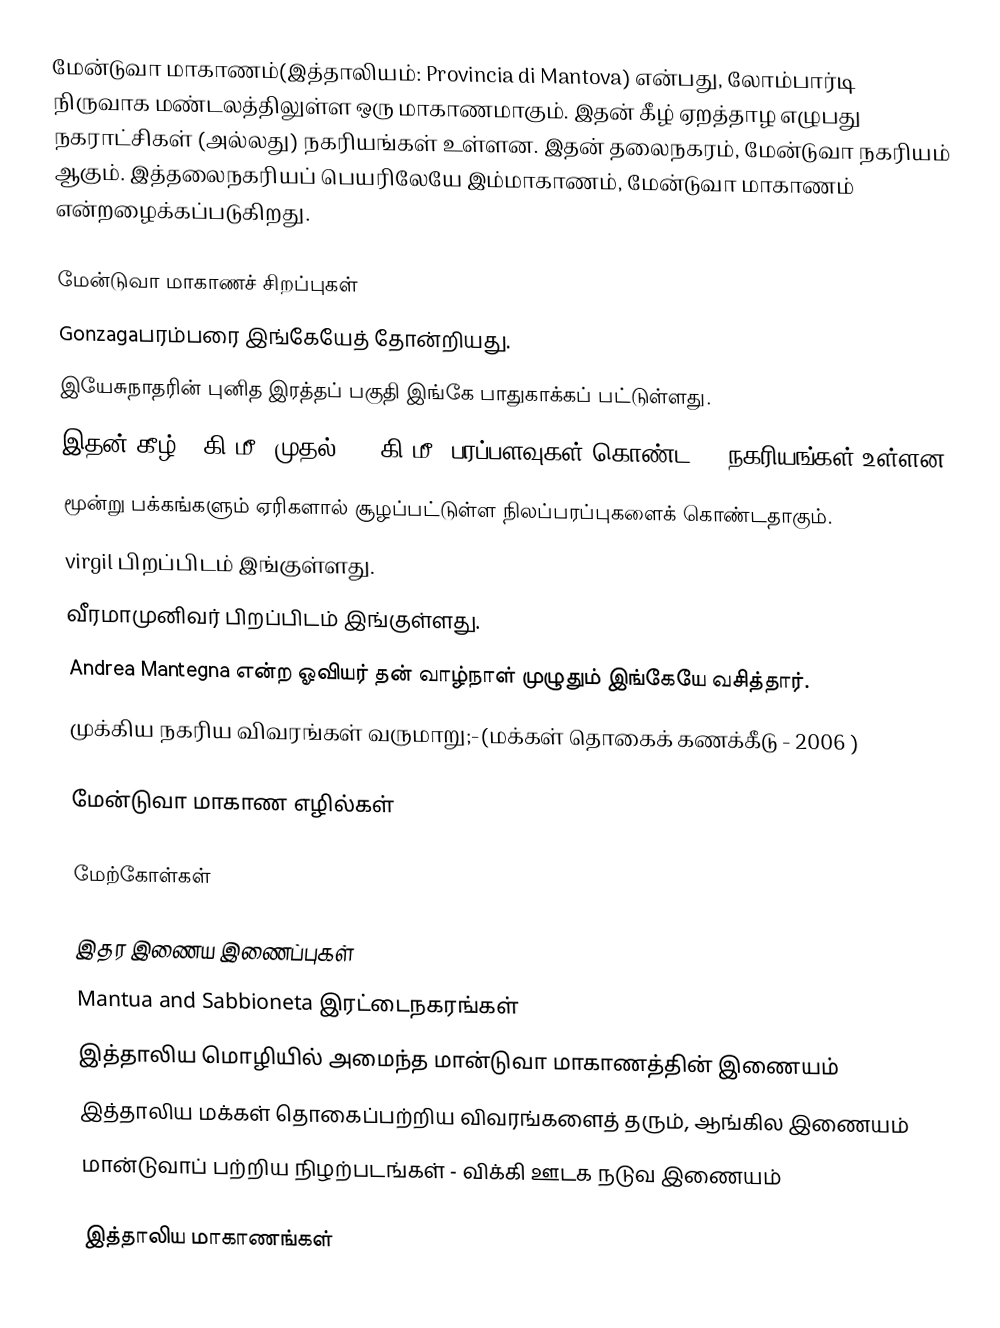
மேன்டுவா மாகாணம்(இத்தாலியம்: Provincia di Mantova) என்பது, லோம்பார்டி நிருவாக மண்டலத்திலுள்ள ஒரு மாகாணமாகும். இதன் கீழ் ஏறத்தாழ எழுபது நகராட்சிகள் (அல்லது) நகரியங்கள் உள்ளன. இதன் தலைநகரம், மேன்டுவா நகரியம் ஆகும். இத்தலைநகரியப் பெயரிலேயே இம்மாகாணம்,  மேன்டுவா மாகாணம் என்றழைக்கப்படுகிறது.

மேன்டுவா மாகாணச் சிறப்புகள்
 Gonzagaபரம்பரை இங்கேயேத் தோன்றியது.
 இயேசுநாதரின் புனித இரத்தப் பகுதி இங்கே பாதுகாக்கப் பட்டுள்ளது.
 இதன் கீழ் 10கி.மீ. முதல் 102 கி.மீ. பரப்பளவுகள் கொண்ட 70 நகரியங்கள் உள்ளன.
 மூன்று பக்கங்களும் ஏரிகளால் சூழப்பட்டுள்ள நிலப்பரப்புகளைக் கொண்டதாகும்.
 virgil பிறப்பிடம் இங்குள்ளது.
 வீரமாமுனிவர் பிறப்பிடம் இங்குள்ளது.
 Andrea Mantegna என்ற ஓவியர் தன் வாழ்நாள் முழுதும் இங்கேயே வசித்தார்.
 முக்கிய நகரிய விவரங்கள் வருமாறு;-(மக்கள் தொகைக் கணக்கீடு - 2006 )

மேன்டுவா மாகாண எழில்கள்

மேற்கோள்கள்

இதர இணைய இணைப்புகள்
 Mantua and Sabbioneta இரட்டைநகரங்கள்
 இத்தாலிய மொழியில் அமைந்த மான்டுவா மாகாணத்தின் இணையம்
 இத்தாலிய மக்கள் தொகைப்பற்றிய விவரங்களைத் தரும், ஆங்கில இணையம்
 மான்டுவாப் பற்றிய நிழற்படங்கள் - விக்கி ஊடக நடுவ இணையம்

இத்தாலிய மாகாணங்கள்